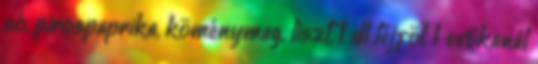
só, pirospaprika, köménymag, liszt, 1 dl tejföl, 1 evőkanál